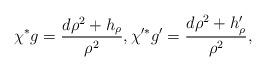
LaTeX: \begin{align*}\chi^*g=\frac{d\rho^2+h_\rho}{\rho^{2}},\chi'^*g'=\frac{d\rho^2+h'_\rho}{\rho^{2}},\end{align*}